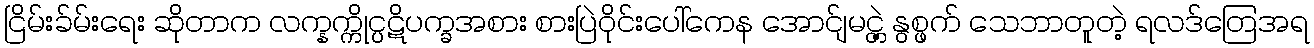
ငြိမ်းခ်မ်းရေး ဆိုတာက လက္နက္ကိုင္ပဋိပက္ခအစား စားပြဲဝိုင်းပေါ်ကေန အောင်ျမင္တဲ့ နွစ္ဖက် သေဘာတူတဲ့ ရလဒ်တြေအရ